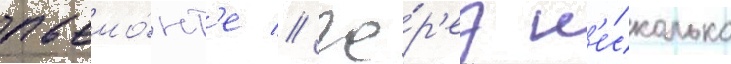
пьемо́нт'е // Че́р'ез н'е́сколько